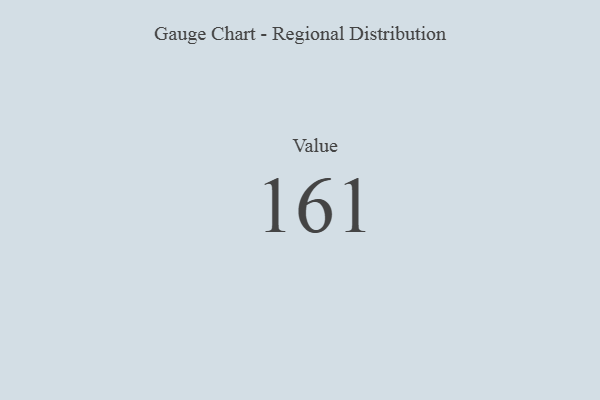
{"axis": {"x": "Metric", "y": "Value"}, "legend": [""], "data": [{"x": "Value", "y": 161, "type": ""}]}